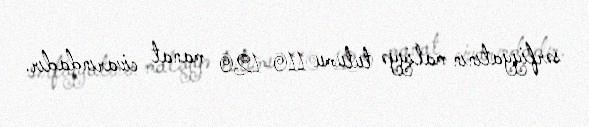
sərfiyyatının maliyyə tutumu 110-120 manat civarındadır.